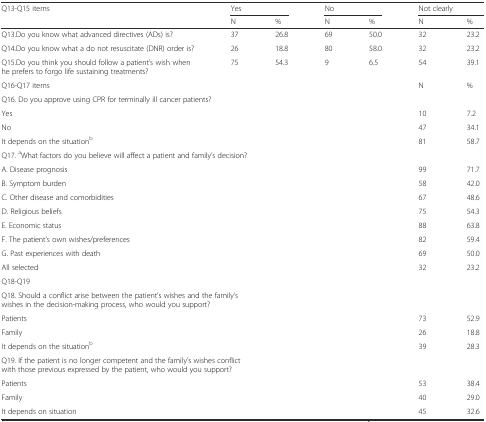
<table><thead><tr><td><b>Q13-Q15 items</b></td><td colspan="2"><b>Yes</b></td><td colspan="2"><b>No</b></td><td colspan="2"><b>Not clearly</b></td></tr><tr><td></td><td><b>N</b></td><td><b>%</b></td><td><b>N</b></td><td><b>%</b></td><td><b>N</b></td><td><b>%</b></td></tr></thead><tbody><tr><td>Q13.Do you know what advanced directives (ADs) is?</td><td>37</td><td>26.8</td><td>69</td><td>50.0</td><td>32</td><td>23.2</td></tr><tr><td>Q14.Do you know what a do not resuscitate (DNR) order is?</td><td>26</td><td>18.8</td><td>80</td><td>58.0</td><td>32</td><td>23.2</td></tr><tr><td>Q15.Do you think you should follow a patient’s wish when he prefers to forgo life sustaining treatments?</td><td>75</td><td>54.3</td><td>9</td><td>6.5</td><td>54</td><td>39.1</td></tr><tr><td>Q16-Q17 items</td><td></td><td></td><td></td><td></td><td>N</td><td>%</td></tr><tr><td colspan="7">Q16. Do you approve using CPR for terminally ill cancer patients?</td></tr><tr><td>Yes</td><td></td><td></td><td></td><td></td><td>10</td><td>7.2</td></tr><tr><td>No</td><td></td><td></td><td></td><td></td><td>47</td><td>34.1</td></tr><tr><td>It depends on the situation<sup>b</sup></td><td></td><td></td><td></td><td></td><td>81</td><td>58.7</td></tr><tr><td colspan="7">Q17. <sup>a</sup>What factors do you believe will affect a patient and family’s decision?</td></tr><tr><td>A. Disease prognosis</td><td></td><td></td><td></td><td></td><td>99</td><td>71.7</td></tr><tr><td>B. Symptom burden</td><td></td><td></td><td></td><td></td><td>58</td><td>42.0</td></tr><tr><td>C. Other disease and comorbidities</td><td></td><td></td><td></td><td></td><td>67</td><td>48.6</td></tr><tr><td>D. Religious beliefs</td><td></td><td></td><td></td><td></td><td>75</td><td>54.3</td></tr><tr><td>E. Economic status</td><td></td><td></td><td></td><td></td><td>88</td><td>63.8</td></tr><tr><td>F. The patient’s own wishes/preferences</td><td></td><td></td><td></td><td></td><td>82</td><td>59.4</td></tr><tr><td>G. Past experiences with death</td><td></td><td></td><td></td><td></td><td>69</td><td>50.0</td></tr><tr><td>All selected</td><td></td><td></td><td></td><td></td><td>32</td><td>23.2</td></tr><tr><td>Q18-Q19</td><td></td><td></td><td></td><td></td><td></td><td></td></tr><tr><td colspan="7">Q18. Should a conflict arise between the patient’s wishes and the family’s wishes in the decision-making process, who would you support?</td></tr><tr><td>Patients</td><td></td><td></td><td></td><td></td><td>73</td><td>52.9</td></tr><tr><td>Family</td><td></td><td></td><td></td><td></td><td>26</td><td>18.8</td></tr><tr><td>It depends on the situation<sup>b</sup></td><td></td><td></td><td></td><td></td><td>39</td><td>28.3</td></tr><tr><td colspan="7">Q19. If the patient is no longer competent and the family’s wishes conflict with those previous expressed by the patient, who would you support?</td></tr><tr><td>Patients</td><td></td><td></td><td></td><td></td><td>53</td><td>38.4</td></tr><tr><td>Family</td><td></td><td></td><td></td><td></td><td>40</td><td>29.0</td></tr><tr><td>It depends on situation</td><td></td><td></td><td></td><td></td><td>45</td><td>32.6</td></tr></tbody></table>